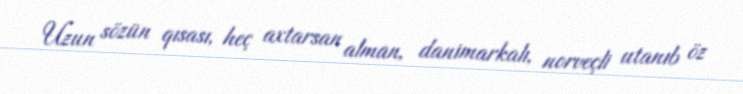
Uzun sözün qısası, heç axtarsan alman, danimarkalı, norveçli utanıb öz